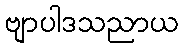
ဗျာပါဒသညာယ